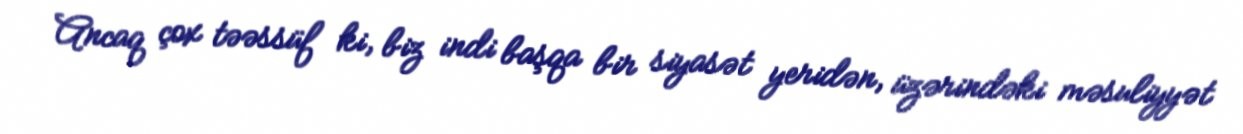
Ancaq çox təəssüf ki, biz indi başqa bir siyasət yeridən, üzərindəki məsuliyyət